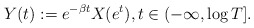
\begin{align*}Y(t):=e^{-\beta t} X(e^t), t \in ( -\infty, \log T].\end{align*}